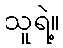
သူရဲ့။